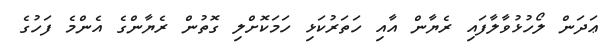
ޢަދަން ލޯހުޅުވާލާފައި ރެޔާން އާއި ހަތަރުކަޅި ހަމަކޮށްލި ގޮތުން ރެޔާންގެ އެންމެ ފަހުގެ